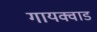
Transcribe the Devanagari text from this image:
गायक्वाड